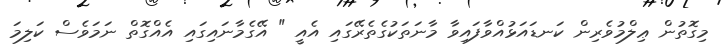
މިގޮތުން ޢިލްމުވެރިން ކަނޑައަޅުއްވާފައިވާ މާނަތަކުގެތެރޭގައި އެއީ " އޭގެމާނައިގައި އެއްގޮތް ނަމަވެސް ކަލިމަ